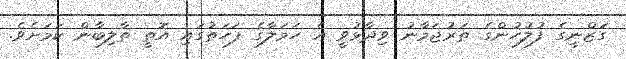
ގަޒްނީގެ ފުލުހުންގެ ތަރުޖަމާނު ވިދާޅުވީ އެ ހަމަލާގެ ފަހަތުގައި އޮތީ ތާލިބާން ކަމަށެވެ.